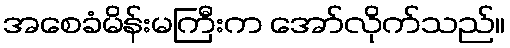
အစေခံမိန်းမကြီးက အော်လိုက်သည်။